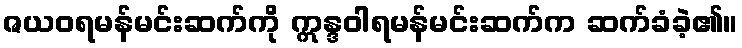
ဇယဝရမန်မင်းဆက်ကို ဣန္ဒဝါရမန်မင်းဆက်က ဆက်ခံခဲ့၏။